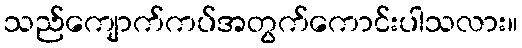
သည်ကျောက်ကပ်အတွက်ကောင်းပါသလား။